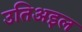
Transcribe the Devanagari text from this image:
उतिअइल